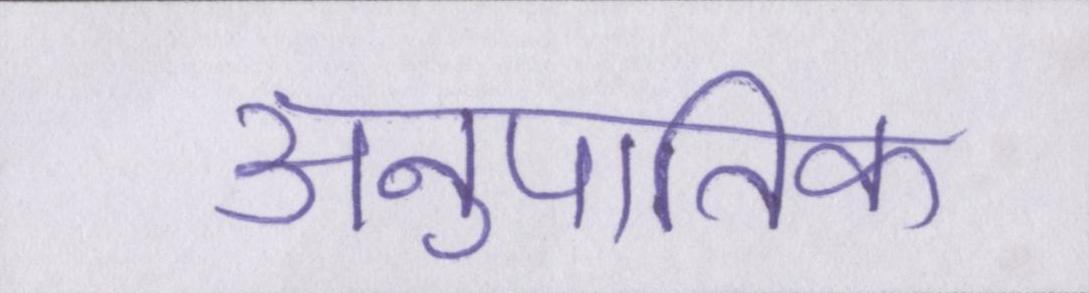
अनुपातिक